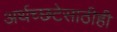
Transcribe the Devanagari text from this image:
अर्थच्छटेसाठीही